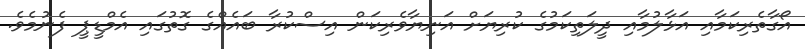
އޯގާތެރިކަމާއި އަޅާލުމާއި ދީލަތިކަމުގެ ކުރިޔަށް އަނިޔާވެރިކަން އިސްކުރާ ބައެއްގެ ގޮތުގައި އެމްޑީޕީ ފެނުމެވެ.